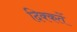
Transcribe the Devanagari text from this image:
दिक्‍कतें